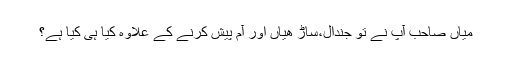
میاں صاحب آپ نے تو جندال،ساڑ ھیاں اور آم پیش کرنے کے علاوہ کیا ہی کیا ہے؟